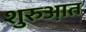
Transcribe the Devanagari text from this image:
शुरुआ़त